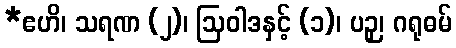
*ဧဟိ၊ သရဏ (၂)၊ ဩဝါဒနှင့် (၁)၊ ပဉှ၊ ဂရုဓမ်